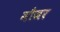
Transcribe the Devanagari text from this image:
मौजर